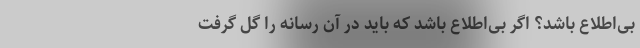
بی‌اطلاع باشد؟ اگر بی‌اطلاع باشد که باید درِ آن رسانه را گِل گرفت